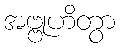
အဗ္ဗုဟိတွာ